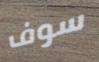
سوف